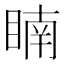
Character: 𥈶